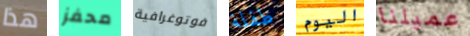
هذا محفز فوتوغرافية طفلة اليوم عميلنا